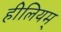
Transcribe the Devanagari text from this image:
हीलियम्